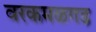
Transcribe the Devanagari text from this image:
वरकमळगड